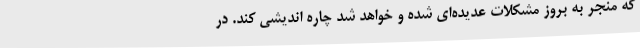
که منجر به بروز مشکلات عدیده‌ای شده و خواهد شد چاره اندیشی کند. در